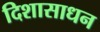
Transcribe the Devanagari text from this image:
दिशासाधन